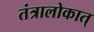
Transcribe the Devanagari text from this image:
तंत्रालोकात्